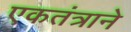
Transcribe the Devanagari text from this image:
एकतंत्राने